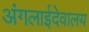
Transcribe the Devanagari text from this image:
अंगलाईदेवालय